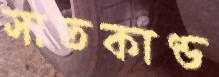
সাতকাণ্ড